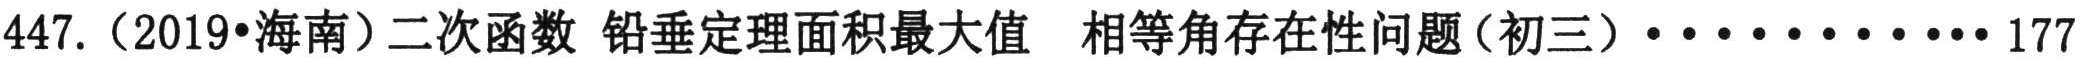
447.（2019•海南）二次函数 铅垂定理面积最大值 相等角存在性问题（初三）·············177